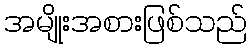
အမျိုးအစားဖြစ်သည်